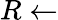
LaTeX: R\leftarrow